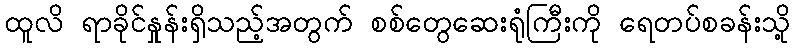
ထူလိ ရာခိုင်နှုန်းရှိသည့်အတွက် စစ်တွေဆေးရုံကြီးကို ရေတပ်စခန်းသို့